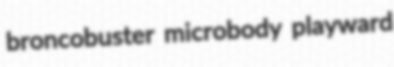
broncobuster microbody playward